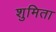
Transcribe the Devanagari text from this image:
शुमिता